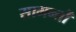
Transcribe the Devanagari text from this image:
सामन्तौं